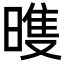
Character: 𣉲